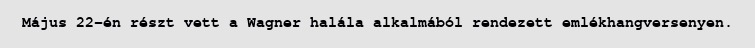
Május 22-én részt vett a Wagner halála alkalmából rendezett emlékhangversenyen.